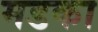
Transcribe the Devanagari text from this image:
मडका